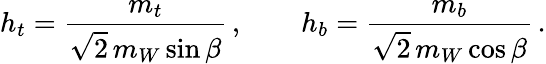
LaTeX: h_{t}=\frac{m_{t}}{\sqrt 2\, m_{W}\sin\beta}\, ,\qquad h_{b}=\frac{m_{b}}{\sqrt 2\, m_{W}\cos\beta}\, .